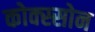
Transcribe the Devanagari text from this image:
कोक्स्सोन